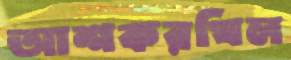
আশকরখিল